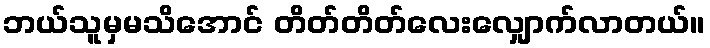
ဘယ်သူမှမသိအောင် တိတ်တိတ်လေးလျှောက်လာတယ်။